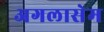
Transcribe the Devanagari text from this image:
अगलासेम